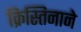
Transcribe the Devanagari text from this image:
क्रिस्तिनाने